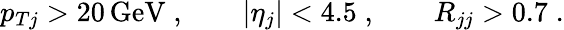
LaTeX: p_{Tj}>20\, \mathrm{GeV}\; ,\qquad|\eta_{j}|<4.5\; ,\qquad R_{jj}>0.7\; .